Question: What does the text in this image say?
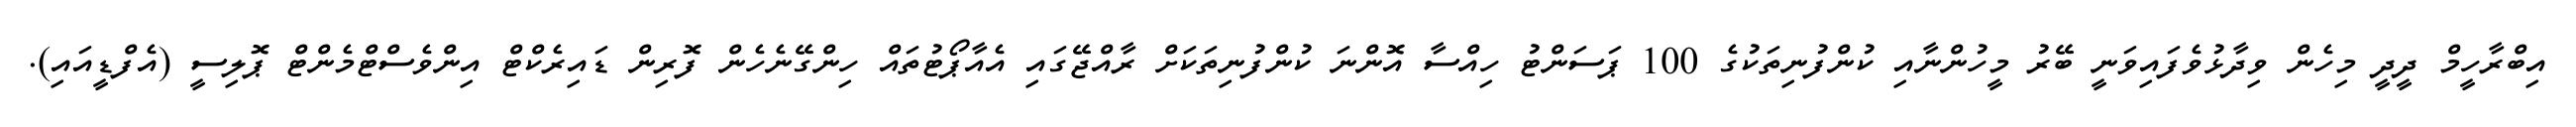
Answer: އިބްރާހީމް ދީދީ މިހެން ވިދާޅުވެފައިވަނީ ބޭރު މީހުންނާއި ކުންފުނިތަކުގެ 100 ޕަސަންޓު ހިއްސާ އޮންނަ ކުންފުނިތަކަށް ރާއްޖޭގައި އެއާޕޯޓުތައް ހިންގޭނެހެން ފޮރިން ޑައިރެކްޓް އިންވެސްޓްމެންޓް ޕޮލިސީ (އެފްޑީއައި).